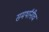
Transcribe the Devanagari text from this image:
समर्थांनीच